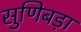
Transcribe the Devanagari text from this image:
सुणिबड़ा